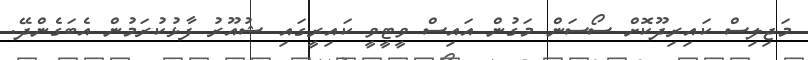
މަޖިލިސް ކައިރިދޫކޮށް ސޯސަން މަގުން އައިސް ވީޓީވީ ކައިރީގައި ޝުއޫރު ފާޅުކުރަމުން އެބަގެންދޭ.